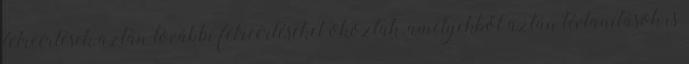
félreértések aztán további félreértéseket okoztak, amelyekből aztán tévtanítások is